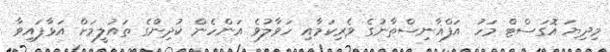
މިދިޔަ އޮގަސްޓް މަހު އަފްޣާނިސްތާނުގެ ވެރިކަމާއި ހަވާލުވެ އަންހެން ކުދިންގެ ތައުލީމަށް އަޅާފައިވާ